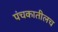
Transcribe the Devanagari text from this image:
पंचकातीलच